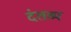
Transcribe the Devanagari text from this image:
दंतव्य